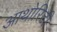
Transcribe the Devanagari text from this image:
आथोरिटी